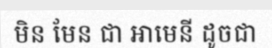
មិន មែន ជា អាមេនី ដូចជា